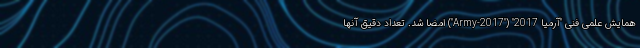
همایش علمی فنی "آرمیا 2017" ("Army-2017") امضا شد. تعداد دقیق آنها